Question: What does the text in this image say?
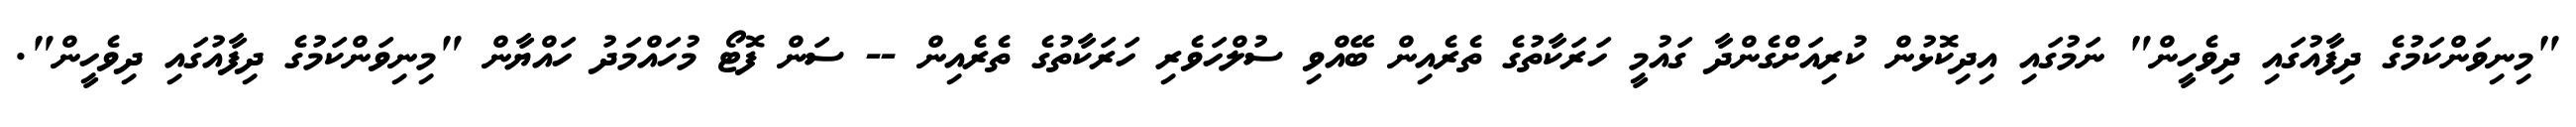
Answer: "މިނިވަންކަމުގެ ދިފާއުގައި ދިވެހީން" ނަމުގައި އިދިކޮޅުން ކުރިއަށްގެންދާ ގައުމީ ހަރަކާތުގެ ތެރެއިން ބޭއްވި ސުލްހަވެރި ހަރަކާތުގެ ތެރެއިން -- ސަން ފޮޓޯ މުހައްމަދު ހައްޔާން "މިނިވަންކަމުގެ ދިފާއުގައި ދިވެހީން".